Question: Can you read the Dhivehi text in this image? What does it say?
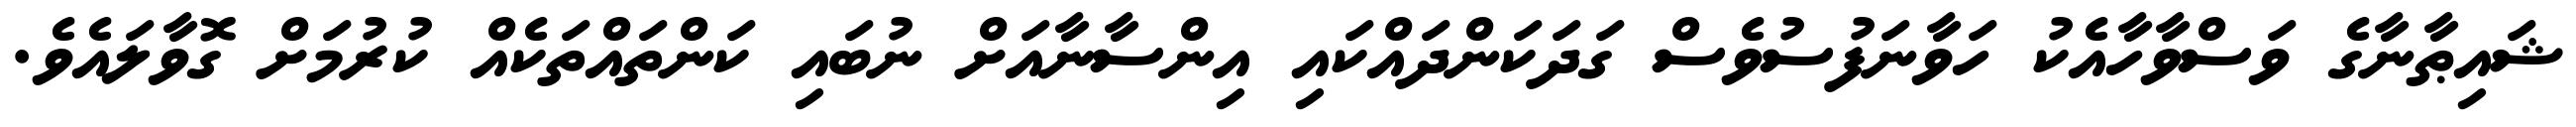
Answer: ޝައިޠާނާގެ ވަސްވާހާއެކު ހަވާނަފުސުވެސް ގަދަކަންދައްކައި އިންސާނާއަށް ނުބައި ކަންތައްތަކެއް ކުރުމަށް ގޮވާލައެވެ.